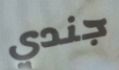
جندي